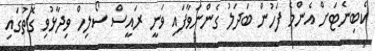
ކެބިނެޓަށް އެންމެ ފަހުން ބަދަލު ގެންނަވާފައި ވަނީ ރައީސް ސޯލިހް ވިދާޅުވި ގޮތުގައި